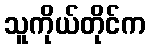
သူကိုယ်တိုင်က